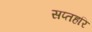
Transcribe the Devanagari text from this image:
सप्तहरि